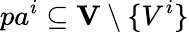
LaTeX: pa^{i}\subseteq\mathbf{V}\setminus\{ V^{i}\}